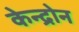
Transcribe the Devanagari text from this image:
केन्द्रोन